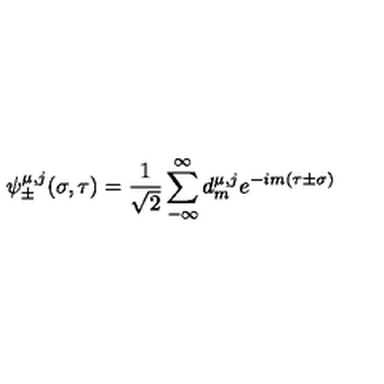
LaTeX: \psi _ { \pm } ^ { \mu , j } ( \sigma , \tau ) = \frac { 1 } { \sqrt 2 } \sum _ { - \infty } ^ { \infty } d _ { m } ^ { \mu , j } e ^ { - i m ( \tau \pm \sigma ) }